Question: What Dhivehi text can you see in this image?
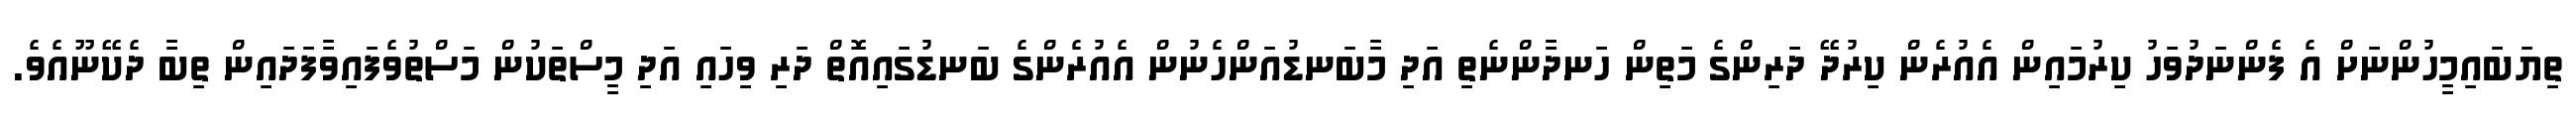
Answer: ތިޔަބައިމީހުންނަށް އެ ފެންނަދުވަހު ކިރުމައިން އެއުރެން ކިރުދޭ ދަރިންގެ މަތިން ހަނދާންނެތި އަދި މާބަނޑުއަންހެނުން އެއުރެންގެ ބަނޑުގައިއޮތް ދަރި ވިހައި އަދި މީސްތަކުން މަސްތުވެފައިވާފަދައިން ތިބާ ދެކޭނޫއެވެ.